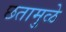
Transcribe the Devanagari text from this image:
छतामुळे